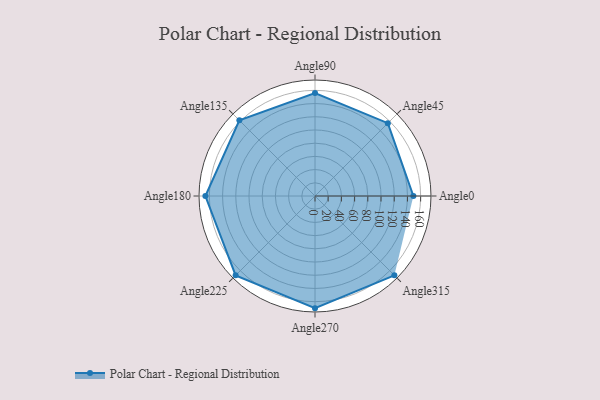
{"axis": {"x": "Angle", "y": "Radius"}, "legend": [""], "data": [{"x": "Angle0", "y": 149.0, "type": ""}, {"x": "Angle45", "y": 156.0, "type": ""}, {"x": "Angle90", "y": 156.0, "type": ""}, {"x": "Angle135", "y": 162.0, "type": ""}, {"x": "Angle180", "y": 166.0, "type": ""}, {"x": "Angle225", "y": 170, "type": ""}, {"x": "Angle270", "y": 170, "type": ""}, {"x": "Angle315", "y": 170, "type": ""}]}